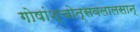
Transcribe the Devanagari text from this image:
गोषांश्चोत्सवलालसान्‌